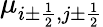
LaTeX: \mu_{i\pm\frac{1}{2},j\pm\frac{1}{2}}